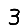
Digit: 3